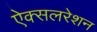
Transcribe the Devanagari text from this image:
ऐक्सलरेशन